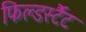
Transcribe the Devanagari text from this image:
फिल्डर्स्टैट